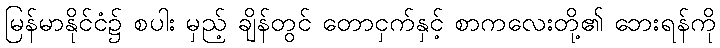
မြန်မာနိုင်ငံ၌ စပါး မှည့် ချိန်တွင် တောငှက်နှင့် စာကလေးတို့၏ ဘေးရန်ကို